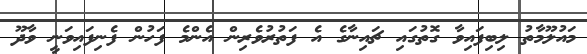
މައުލޫމާތު ލިބިފައިވާ ގޮތުގައި ޗައިނާގެ އެ ފަތުރުވެރިން އެންމެ ފަހުން ފެނިފައިވަނީ ވާދޫ